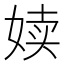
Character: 𪥿